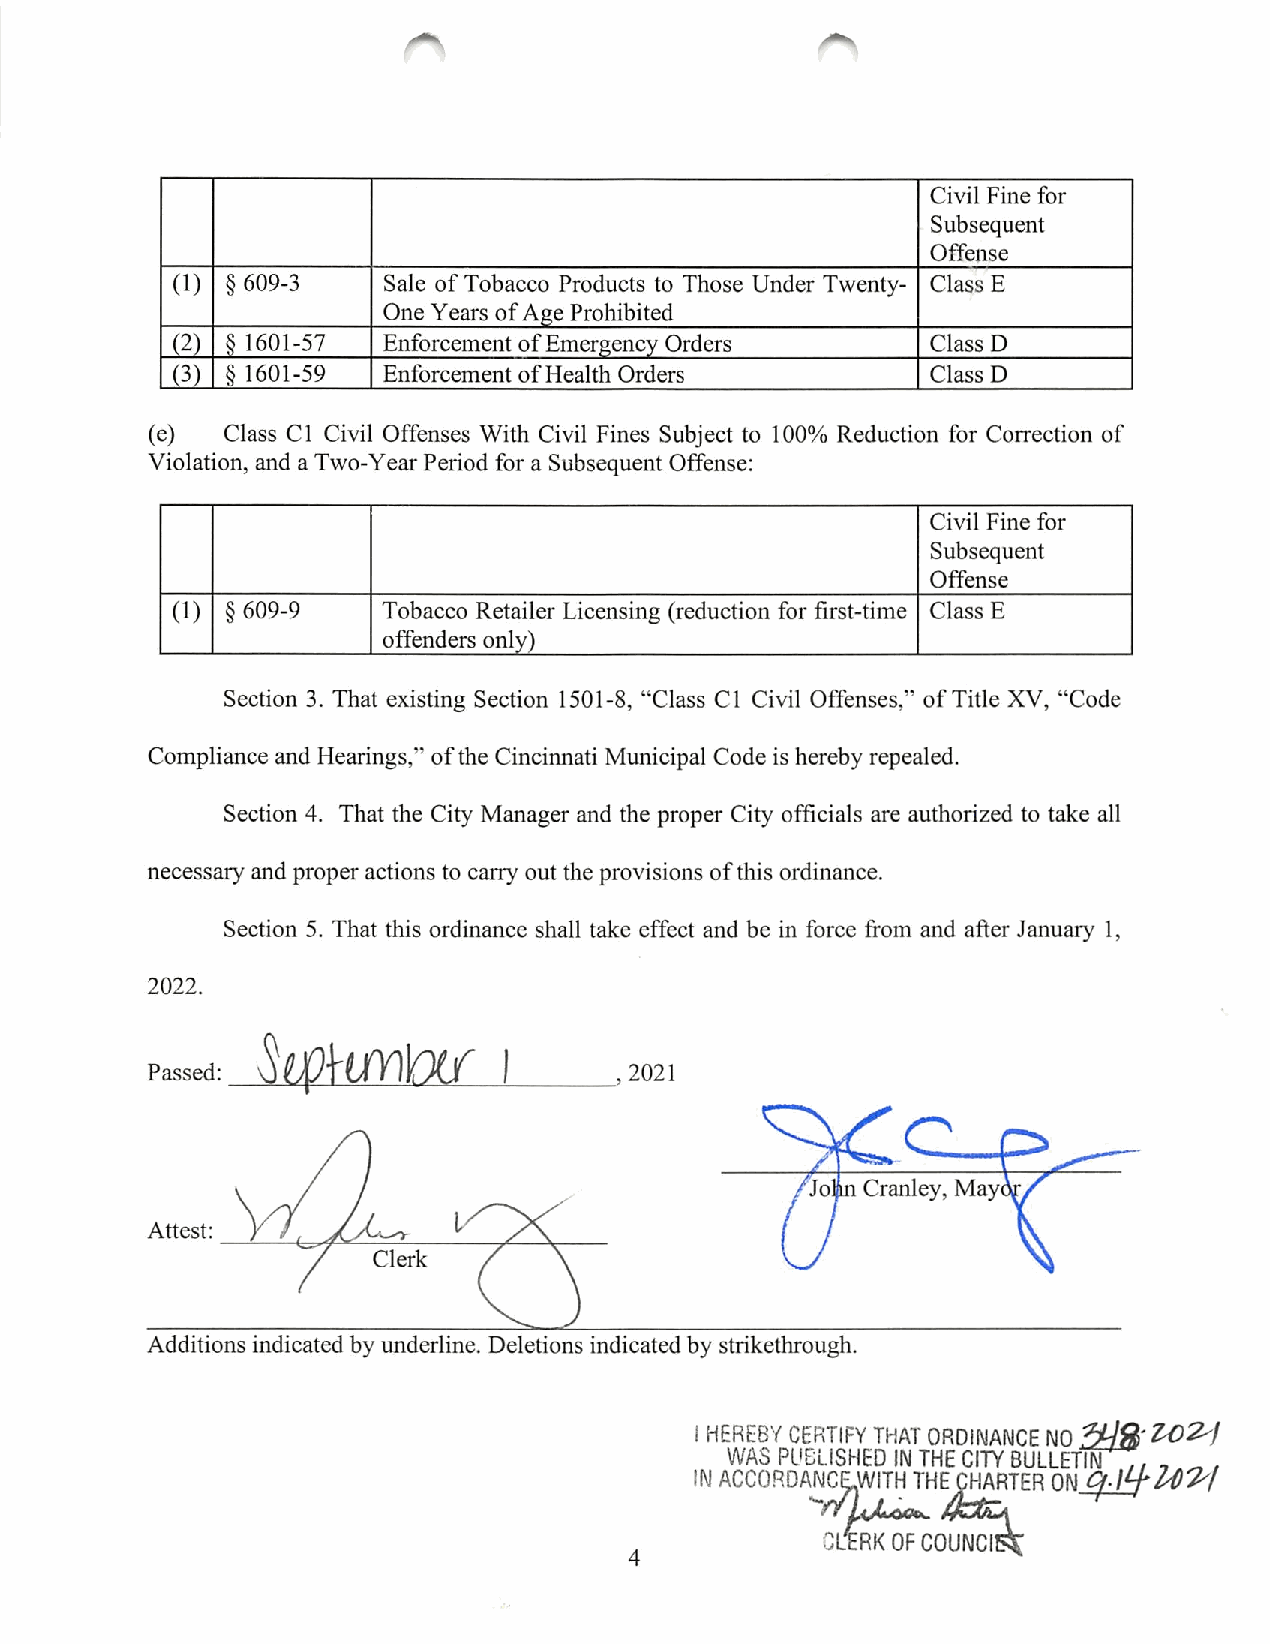
Civil Fine for
 Subsequent
 Offense
 (1) § 609-3   Sale of Tobacco Products to Those Under Twenty- Class E
 One Years of Age Prohibited
 (2) § 1601-57 Enforcement of Emergency Orders      Class D
 (3) § 1601-59 Enforcement of Health Orders         Class D
 (e)   Class 01 Civil Offenses With Civil Fines Subject to 100% Reduction for Correction of
 Violation, and a Two-Year Period for a Subsequent Offense:
 Civil Fine for
 Subsequent
 Offense
 (1) § 609-9   Tobacco Retailer Licensing (reduction for first-time Class E
 offenders only)
 Section 3. That existing Section 1501-8, "Class C1 Civil Offenses," of Title XV," Code
 Compliance and Hearings," of the Cincinnati Municipal Code is hereby repealed.
 Section 4. That the City Manager and the proper City officials are authorized to take all
 necessary and proper actions to carry out the provisions of this ordinance.
 Section 5. That this ordinance shall take effect and be in force from and after January 1,
 2022.
 Passed                         ,2021
 Jolp Cranley, May<
 Attest:
 Clerk
 Additions indicated by underline. Deletions indicated by strikethrough.
 HEREBY CERTIFY THAT ORDINANCE NO S/S'^ 2^/
 WAS PUBLISHED IN THE CITY BULLETT^,, ^,
 N ACCORDANCLWITH THEjjIHARTER ON 4/^^27
 CLTRKOF COUNCI^